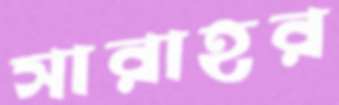
সারাহর